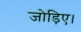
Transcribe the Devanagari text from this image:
जोड़िए।